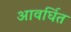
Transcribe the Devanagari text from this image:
आवर्घित